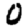
Digit: 0